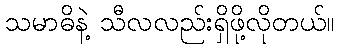
သမာဓိနဲ့ သီလလည်းရှိဖို့လိုတယ်။